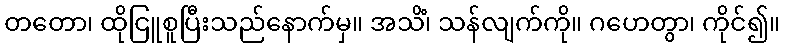
တတော၊ ထိုငြူစူပြီးသည်နောက်မှ။ အသိံ၊ သန်လျက်ကို။ ဂဟေတွာ၊ ကိုင်၍။